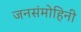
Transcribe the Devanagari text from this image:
जनसंमोहिनी